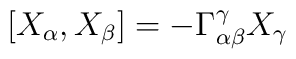
[X_\alpha,X_\beta] = - \Gamma_{\alpha\beta}^\gamma X_\gamma